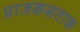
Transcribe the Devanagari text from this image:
प्राजकसताक